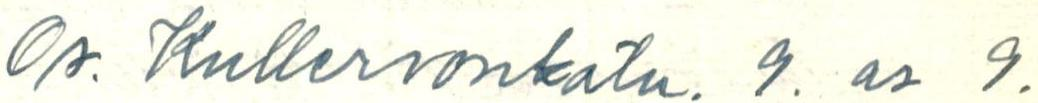
Os. Kullervonkatu 9. as 9.